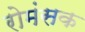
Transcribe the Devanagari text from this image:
रोमंसक